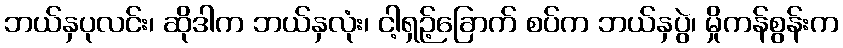
ဘယ်နှပုလင်း၊ ဆိုဒါက ဘယ်နှလုံး၊ ငါ့ရှဉ့်ခြောက် စပ်က ဘယ်နှပွဲ၊ မှိုကန်စွန်းက